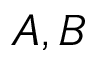
A , B